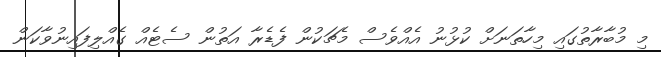
މި މުބާރާތުގައި މިހާތަނަށް ކުޅުނު އެއްވެސް މެޗަކުން ފެޑެރާ އަތުން ސެޓެއް ގެއްލިފައިނުވާކަން